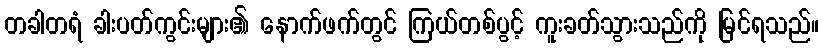
တခါတရံ ခါးပတ်ကွင်းများ၏ နောက်ဖက်တွင် ကြယ်တစ်ပွင့် ကူးခတ်သွားသည်ကို မြင်ရသည်။